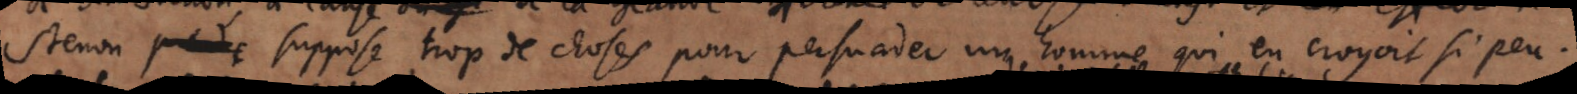
Stenon suppose trop de choses pour persuader un homme qui en croyoit si peu.